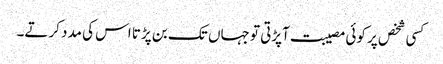
کسی شخص پر کوئی مصیبت آپڑتی تو جہاں تک بن پڑتا اس کی مدد کرتے۔